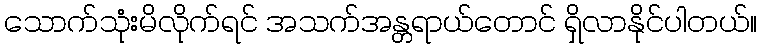
သောက်သုံးမိလိုက်ရင် အသက်အန္တရာယ်တောင် ရှိလာနိုင်ပါတယ်။